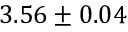
3 . 5 6 \pm 0 . 0 4